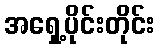
အရှေ့ပိုင်းတိုင်း